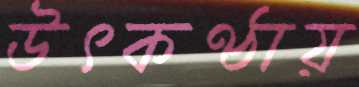
উৎকণ্ঠায়